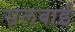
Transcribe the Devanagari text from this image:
सलबाई